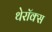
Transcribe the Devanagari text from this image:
थेरॉक्स